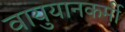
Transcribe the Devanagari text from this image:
वायुयानकर्मी